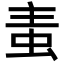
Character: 𧉶